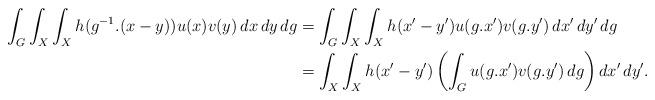
LaTeX: \begin{align*} \int_G \int_X \int_X h(g^{-1}.(x-y)) u(x)v(y) \, dx \, dy \, dg &= \int_G \int_X \int_X h(x'-y') u(g.x')v(g.y') \, dx' \, dy' \, dg \\ &= \int_X \int_X h(x'-y') \left( \int_G u(g.x')v(g.y') \, dg \right) dx' \, dy'. \end{align*}